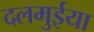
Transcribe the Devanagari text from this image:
दलमुईया